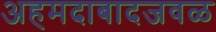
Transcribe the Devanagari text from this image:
अहमदाबादजवळ